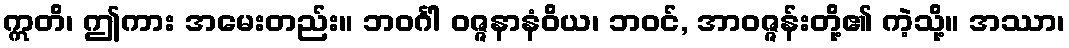
ဣတိ၊ ဤကား အမေးတည်း။ ဘဝင်္ဂါ ဝဇ္ဇနာနံဝိယ၊ ဘဝင်, အာဝဇ္ဇန်းတို့၏ ကဲ့သို့။ အဿာ၊